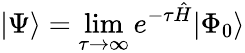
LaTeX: |\Psi\rangle=\operatorname*{lim}_{\tau\rightarrow\infty}e^{-\tau\hat{H}}|\Phi_{0}\rangle